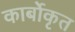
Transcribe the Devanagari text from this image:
कार्बोकृत